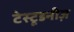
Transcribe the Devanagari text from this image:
टेस्टूडनीज़